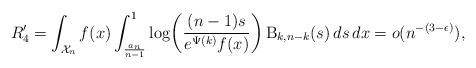
LaTeX: \begin{align*}R_4' = \int_{\mathcal{X}_n} f(x) \int_{\frac{a_n}{n-1}}^1 \log\biggl(\frac{(n-1)s}{e^{\Psi(k)}f(x)}\biggr) \, \mathrm{B}_{k,n-k}(s) \, ds \, dx = o(n^{-(3-\epsilon)}),\end{align*}